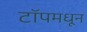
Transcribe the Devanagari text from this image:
टॉपमधून